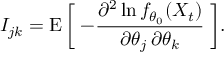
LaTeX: I _ { j k } = \operatorname { E } { \bigg [ } \; { - { \frac { \partial ^ { 2 } \ln f _ { \theta _ { 0 } } ( X _ { t } ) } { \partial \theta _ { j } \, \partial \theta _ { k } } } } \; { \bigg ] } .